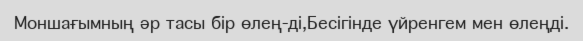
Моншағымның әр тасы бір өлең-ді,Бесігінде үйренгем мен өлеңді.